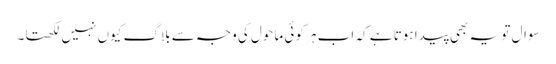
سوال تو یہ بھی پیدا ہوتا ہے کہ اب ہر کوئی ماحول کی وجہ سے بلاگ کیوں نہیں لکھتا۔